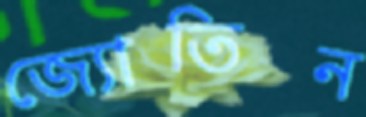
জ্যোতিন